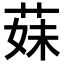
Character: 𦳀